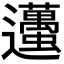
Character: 𨙚